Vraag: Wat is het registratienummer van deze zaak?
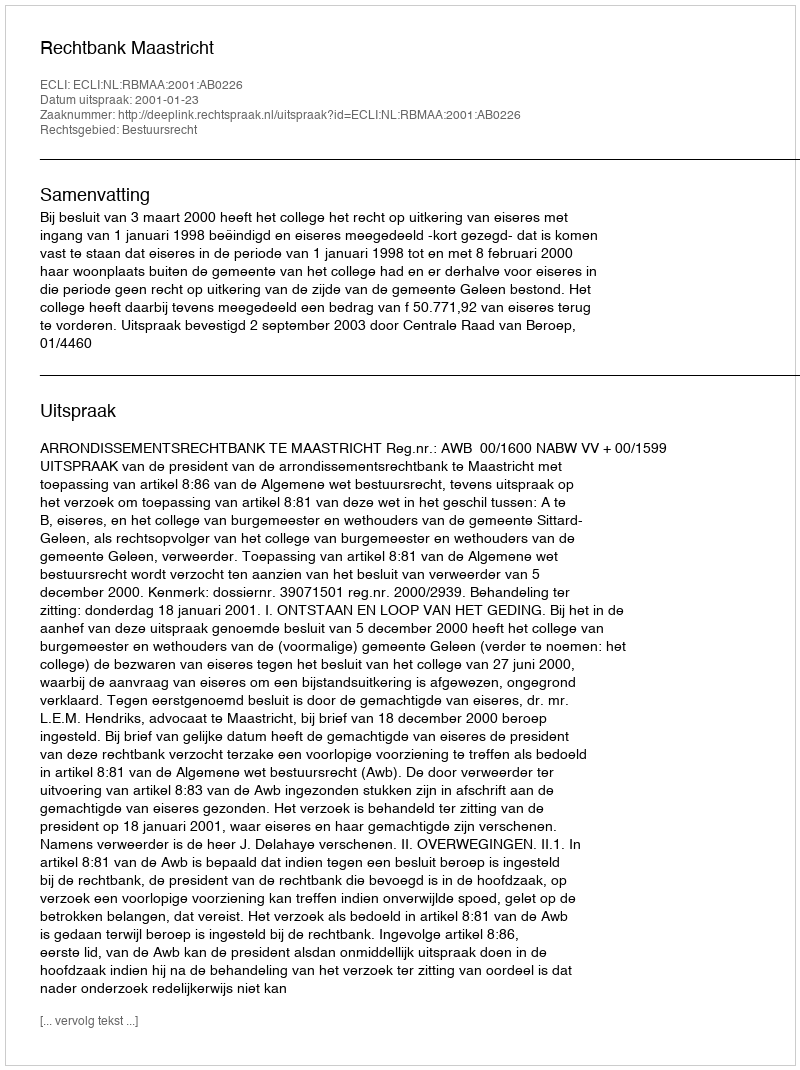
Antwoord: http://deeplink.rechtspraak.nl/uitspraak?id=ECLI:NL:RBMAA:2001:AB0226